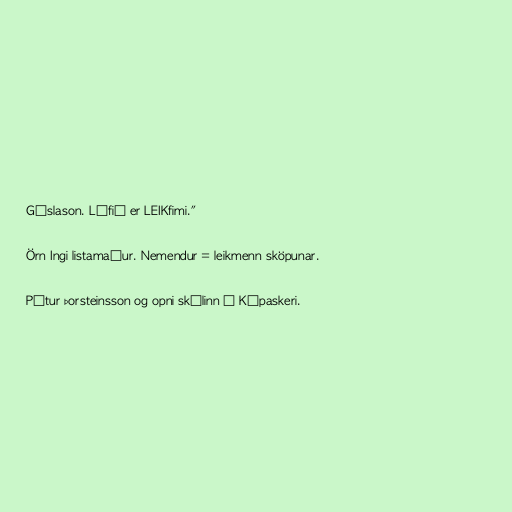
Gíslason. Lífið er LEIKfimi."

Örn Ingi listamaður. Nemendur = leikmenn sköpunar.

Pétur Þorsteinsson og opni skólinn á Kópaskeri.